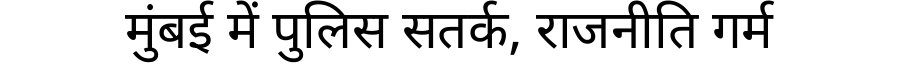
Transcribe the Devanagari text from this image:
मुंबई में पुलिस सतर्क, राजनीति गर्म